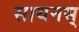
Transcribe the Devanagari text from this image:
सायनस्